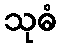
သုဓံ